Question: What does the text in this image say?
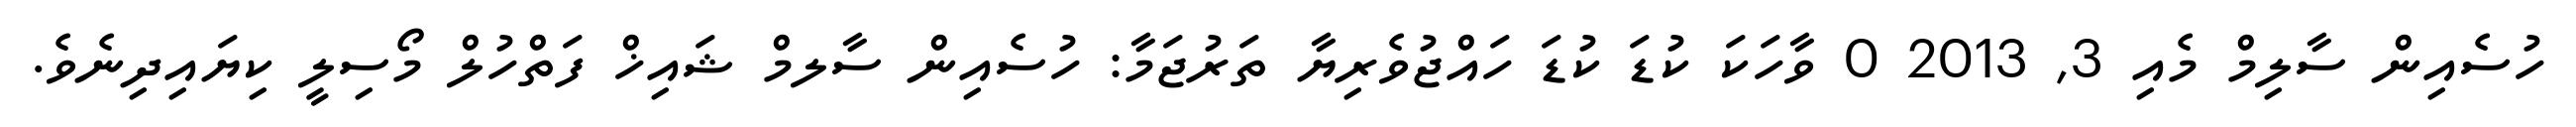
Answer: ހުސެއިން ސާލިމް މެއި 3, 2013 0 ވާހަކަ ކުޑަ ކުޑަ ހައްޖުވެރިޔާ ތަރުޖަމާ: ހުސެއިން ސާލމް ޝައިޚް ފަތްހުލް މޯސިލީ ކިޔައިދިނެވެ.